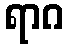
ရာဂ